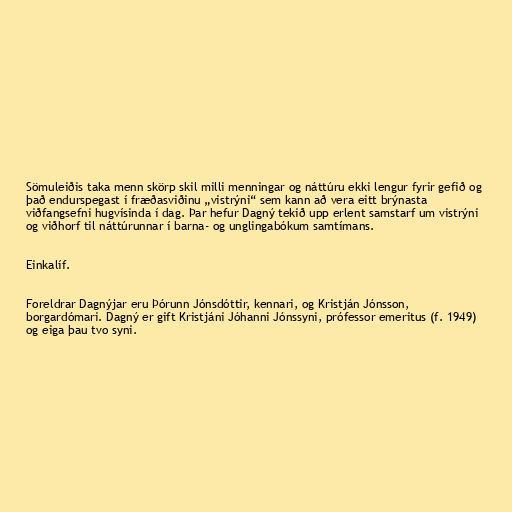
Sömuleiðis taka menn skörp skil milli menningar og náttúru ekki lengur fyrir gefið og
það endurspegast í fræðasviðinu „vistrýni“ sem kann að vera eitt brýnasta
viðfangsefni hugvísinda í dag. Þar hefur Dagný tekið upp erlent samstarf um vistrýni
og viðhorf til náttúrunnar í barna- og unglingabókum samtímans.

Einkalíf.

Foreldrar Dagnýjar eru Þórunn Jónsdóttir, kennari, og Kristján Jónsson,
borgardómari. Dagný er gift Kristjáni Jóhanni Jónssyni, prófessor emeritus (f. 1949)
og eiga þau tvo syni.